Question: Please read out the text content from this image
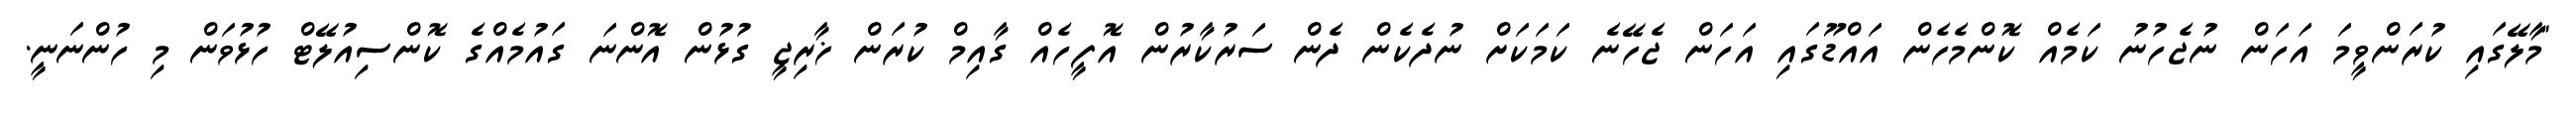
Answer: "މާލޭގައި ކުރަންވީމަ އަހަން ނުޖެހުނު ކަމެއް ކޮންމެހެން އައްޑޫގައި އަހަން ޖެހޭނެ ކަމަކަށް ނުދެކެން ދެން ސަރުކާރުން އޮފީހެއް ގާއިމް ކުރަން ޚާރިޖީ ގުޅުން އޮންނަ ގައުމެއްގެ ކޮންސިއުލޭޓް ހުޅުވަން މި ހުންނަނީ.